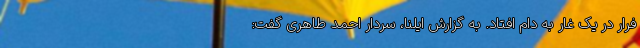
فرار در یک غار به دام افتاد. به گزارش ایلنا، سردار احمد طاهری گفت: